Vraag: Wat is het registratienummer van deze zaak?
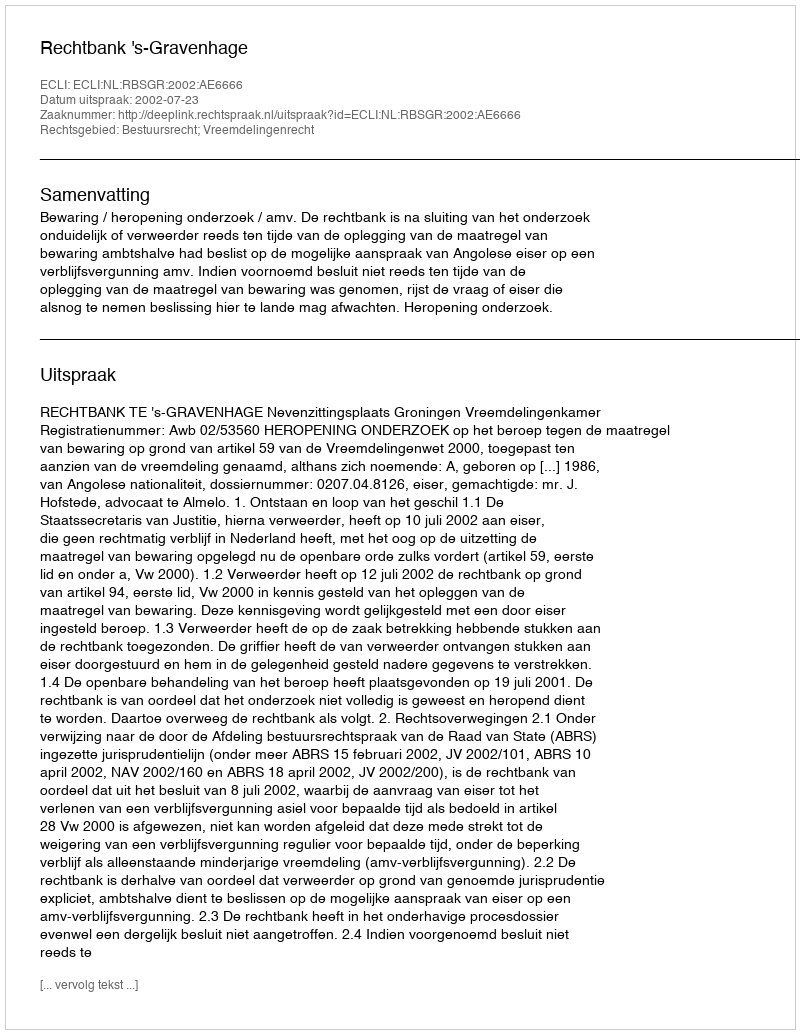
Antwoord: http://deeplink.rechtspraak.nl/uitspraak?id=ECLI:NL:RBSGR:2002:AE6666